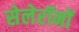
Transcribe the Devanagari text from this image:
सेलेरॉनों